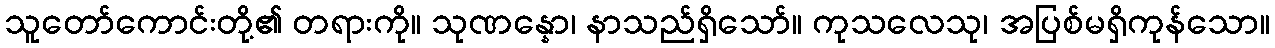
သူတော်ကောင်းတို့၏ တရားကို။ သုဏန္နော၊ နာသည်ရှိသော်။ ကုသလေသု၊ အပြစ်မရှိကုန်သော။